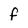
Character: f